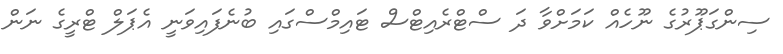
ސިންގަޕޫރުގެ ނޫހެއް ކަމަށްވާ ދަ ސްޓްރެއިޓްސް ޓައިމްސްގައި ބުނެފައިވަނީ އެޕަލް ޓްރީގެ ނަން